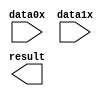
// megafunction wizard: %PARALLEL_ADD%VBB%
// GENERATION: STANDARD
// VERSION: WM1.0
// MODULE: parallel_add 

// ============================================================
// Megafunction Name(s):
// 			parallel_add
//
// Simulation Library Files(s):
// 			altera_mf
// ============================================================
// ************************************************************
// THIS IS A WIZARD-GENERATED FILE. DO NOT EDIT THIS FILE!
//
// 10.1 Build 153 11/29/2010 SJ Full Version
// ************************************************************

//Copyright (C) 1991-2010 Altera Corporation
//Your use of Altera Corporation's design tools, logic functions 
//and other software and tools, and its AMPP partner logic 
//functions, and any output files from any of the foregoing 
//(including device programming or simulation files), and any 
//associated documentation or information are expressly subject 
//to the terms and conditions of the Altera Program License 
//Subscription Agreement, Altera MegaCore Function License 
//Agreement, or other applicable license agreement, including, 
//without limitation, that your use is for the sole purpose of 
//programming logic devices manufactured by Altera and sold by 
//Altera or its authorized distributors.  Please refer to the 
//applicable agreement for further details.

module add2 (
	data0x,
	data1x,
	result);

	input	[11:0]  data0x;
	input	[11:0]  data1x;
	output	[12:0]  result;

endmodule

// ============================================================
// CNX file retrieval info
// ============================================================
// Retrieval info: PRIVATE: INTENDED_DEVICE_FAMILY STRING "Cyclone IV E"
// Retrieval info: PRIVATE: SYNTH_WRAPPER_GEN_POSTFIX STRING "0"
// Retrieval info: LIBRARY: altera_mf altera_mf.altera_mf_components.all
// Retrieval info: CONSTANT: MSW_SUBTRACT STRING "NO"
// Retrieval info: CONSTANT: PIPELINE NUMERIC "0"
// Retrieval info: CONSTANT: REPRESENTATION STRING "UNSIGNED"
// Retrieval info: CONSTANT: RESULT_ALIGNMENT STRING "LSB"
// Retrieval info: CONSTANT: SHIFT NUMERIC "0"
// Retrieval info: CONSTANT: SIZE NUMERIC "2"
// Retrieval info: CONSTANT: WIDTH NUMERIC "12"
// Retrieval info: CONSTANT: WIDTHR NUMERIC "13"
// Retrieval info: USED_PORT: data0x 0 0 12 0 INPUT NODEFVAL "data0x[11..0]"
// Retrieval info: USED_PORT: data1x 0 0 12 0 INPUT NODEFVAL "data1x[11..0]"
// Retrieval info: USED_PORT: result 0 0 13 0 OUTPUT NODEFVAL "result[12..0]"
// Retrieval info: CONNECT: @data 0 0 12 0 data0x 0 0 12 0
// Retrieval info: CONNECT: @data 0 0 12 12 data1x 0 0 12 0
// Retrieval info: CONNECT: result 0 0 13 0 @result 0 0 13 0
// Retrieval info: GEN_FILE: TYPE_NORMAL add2.v TRUE
// Retrieval info: GEN_FILE: TYPE_NORMAL add2.inc FALSE
// Retrieval info: GEN_FILE: TYPE_NORMAL add2.cmp FALSE
// Retrieval info: GEN_FILE: TYPE_NORMAL add2.bsf FALSE
// Retrieval info: GEN_FILE: TYPE_NORMAL add2_inst.v FALSE
// Retrieval info: GEN_FILE: TYPE_NORMAL add2_bb.v TRUE
// Retrieval info: LIB_FILE: altera_mf